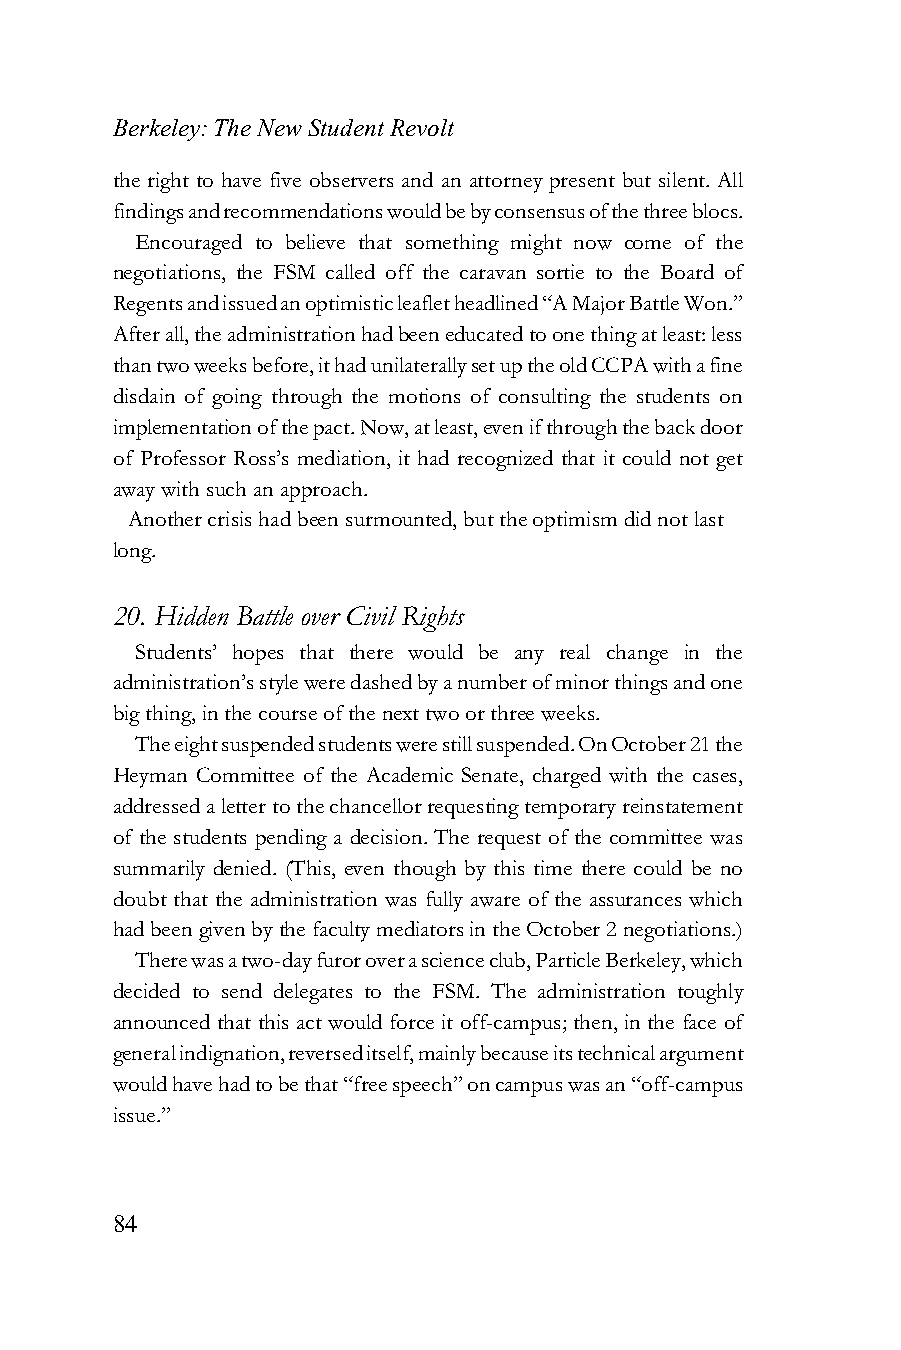
Berkeley: The New Student Revolt
 the right to have five observers and an attorney present but silent. All
 findings and recommendations would be by consensus of the three blocs.
 Encouraged to believe that something might now come of the
 negotiations, the FSM called off the caravan sortie to the Board of
 Regents and issued an optimistic leaflet headlined “A Major Battle Won.”
 After all, the administration had been educated to one thing at least: less
 than two weeks before, it had unilaterally set up the old CCPA with a fine
 disdain of going through the motions of consulting the students on
 implementation of the pact. Now, at least, even if through the back door
 of Professor Ross’s mediation, it had recognized that it could not get
 away with such an approach.
 Another crisis had been surmounted, but the optimism did not last
 long.
 20. Hidden Battle over Civil Rights
 Students’ hopes that there would be any real change in the
 administration’s style were dashed by a number of minor things and one
 big thing, in the course of the next two or three weeks.
 The eight suspended students were still suspended. On October 21 the
 Heyman Committee of the Academic Senate, charged with the cases,
 addressed a letter to the chancellor requesting temporary reinstatement
 of the students pending a decision. The request of the committee was
 summarily denied. (This, even though by this time there could be no
 doubt that the administration was fully aware of the assurances which
 had been given by the faculty mediators in the October 2 negotiations.)
 There was a two-day furor over a science club, Particle Berkeley, which
 decided to send delegates to the FSM. The administration toughly
 announced that this act would force it off-campus; then, in the face of
 general indignation, reversed itself, mainly because its technical argument
 would have had to be that “free speech” on campus was an “off-campus
 issue.”
 84